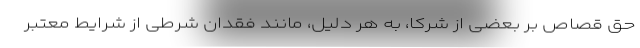
حق قصاص بر بعضی از شرکا، به هر دلیل، مانند فقدان شرطی از شرایط معتبر